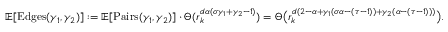
\mathbb E [ \mathrm { E d g e s } ( \gamma _ { 1 } , \gamma _ { 2 } ) ] : = \mathbb E [ \mathrm { P a i r s } ( \gamma _ { 1 } , \gamma _ { 2 } ) ] \cdot \Theta ( r _ { k } ^ { d \alpha ( \sigma \gamma _ { 1 } + \gamma _ { 2 } - 1 ) } ) = \Theta \big ( r _ { k } ^ { d ( 2 - \alpha + \gamma _ { 1 } ( \sigma \alpha - ( \tau - 1 ) ) + \gamma _ { 2 } ( \alpha - ( \tau - 1 ) ) ) } \big ) .